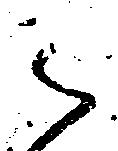
被